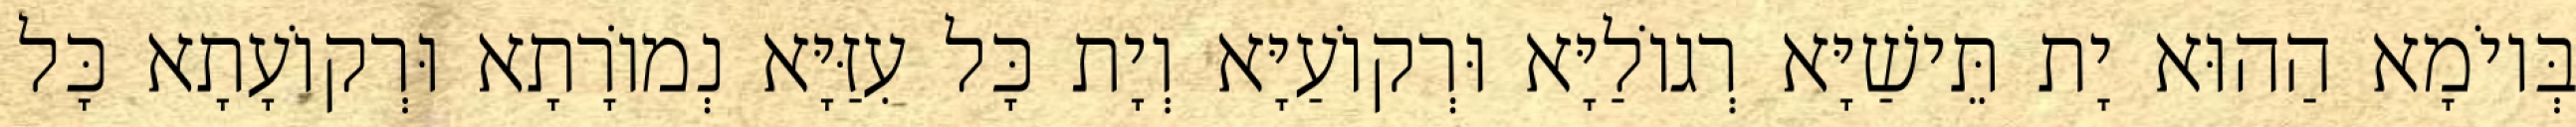
בְּיוֹמָא הַהוּא יָת תֵּישַׁיָּא רְגוֹלַיָּא וּרְקוֹעַיָּא וְיָת כָּל עִזַּיָּא נְמוֹרָתָא וּרְקוֹעָתָא כָּל